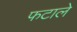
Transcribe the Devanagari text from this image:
फटाले